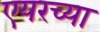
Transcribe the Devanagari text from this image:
एयरच्या